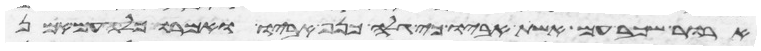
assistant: ארור שכב עם אשת אביו כי גלה כנף אביו ואמרו כל העם אמן